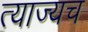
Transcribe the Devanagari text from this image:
त्याज्यच